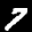
Label: 7